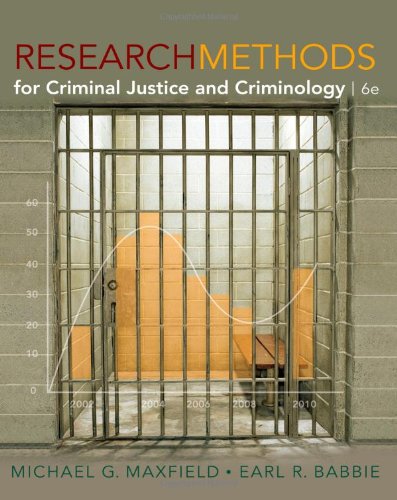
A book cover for Research Methods for Criminal Justice and Criminology, 6th Edition; Michael G. Maxfield; Law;